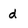
Character: d